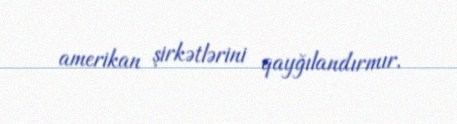
amerikan şirkətlərini qayğılandırmır.